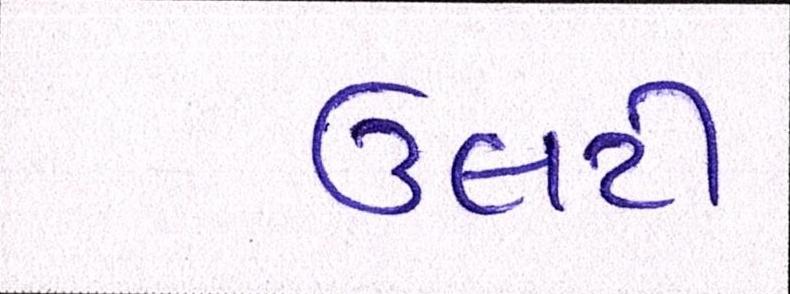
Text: ઉલટી